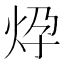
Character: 𱪹